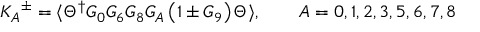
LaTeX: { K _ { A } } ^ { \pm } = \langle \Theta ^ { \dagger } G _ { 0 } G _ { 6 } G _ { 8 } G _ { A } \left( 1 \pm G _ { 9 } \right) \Theta \rangle , \qquad A = 0 , 1 , 2 , 3 , 5 , 6 , 7 , 8